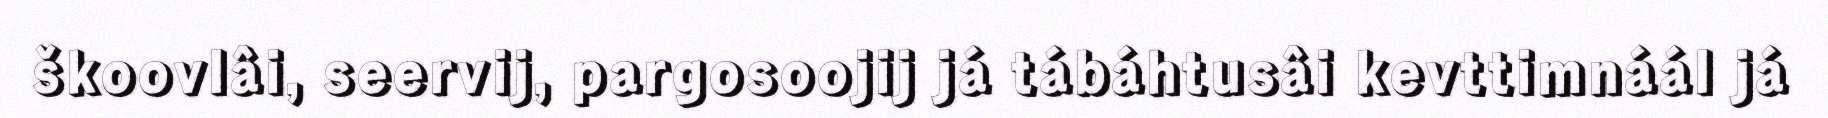
škoovlâi, seervij, pargosoojij já tábáhtusâi kevttimnáál já